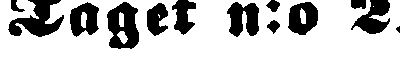
Taget 11:0 2.